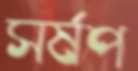
সর্ষপ